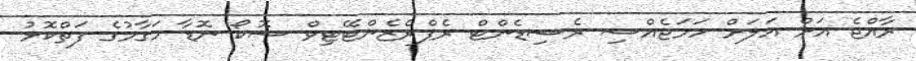
ރާއްޖެ އަށް އަލަށް ހަމަޖެއްސި ރެސިޑެންޓް ރެޕްރެޒެންޓޭޓިވް ޝޮކޯ ނޮޑާ މަގާމުގެ ފަތްކޮޅު